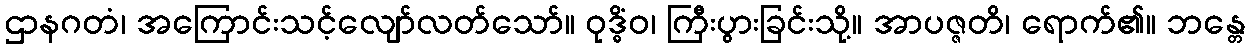
ဌာနဂတံ၊ အကြောင်းသင့်လျော်လတ်သော်။ ဝုဒ္ဓိံဝ၊ ကြီးပွားခြင်းသို့။ အာပဇ္ဇတိ၊ ရောက်၏။ ဘန္တေ